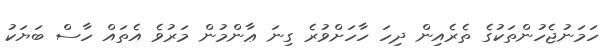
ހަމަނުޖެހުންތަކުގެ ތެރެއިން ދިހަ ހާހަަށްވުރެ ގިނަ ޢާންމުން މަރުވެ އެތައް ހާސް ބަޔަކު